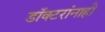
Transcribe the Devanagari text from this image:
डॉक्टरांनाही